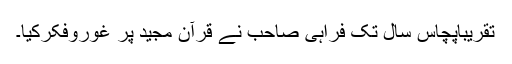
تقریباًپچاس سال تک فراہی صاحب نے قرآن مجید پر غوروفکرکیا۔